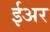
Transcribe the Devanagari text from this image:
ईअर